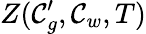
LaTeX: Z(\mathcal{C}_{g}^{\prime},\mathcal{C}_{w},T)